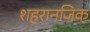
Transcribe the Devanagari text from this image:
शहरानजिक